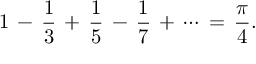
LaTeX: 1 \, - \, { \frac { 1 } { 3 } } \, + \, { \frac { 1 } { 5 } } \, - \, { \frac { 1 } { 7 } } \, + \, \cdots \, = \, { \frac { \pi } { 4 } } .